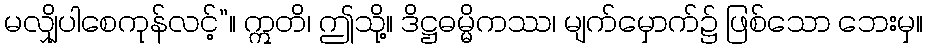
မလျှိုပါစေကုန်လင့်”။ ဣတိ၊ ဤသို့။ ဒိဋ္ဌဓမ္မိကဿ၊ မျက်မှောက်၌ ဖြစ်သော ဘေးမှ။